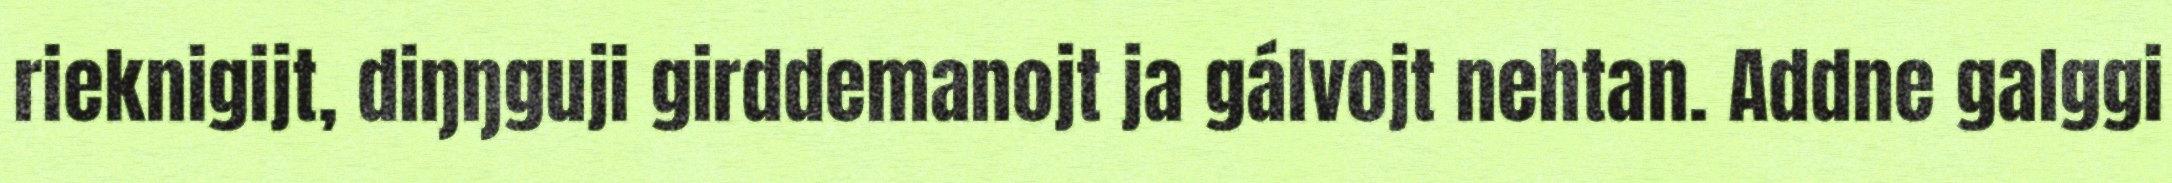
rieknigijt, diŋŋguji girddemanojt ja gálvojt nehtan. Addne galggi